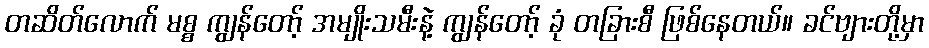
တဆိတ်လောက် မစ္စ ကျွန်တော့် အမျိုးသမီးနဲ့ ကျွန်တော့် ခုံ တခြားစီ ဖြစ်နေတယ်။ ခင်ဗျားတို့မှာ